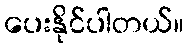
ပေးနိုင်ပါတယ်။